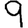
Digit: 9